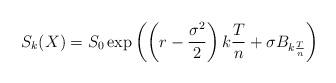
LaTeX: \begin{align*}S_k(X)=S_0\exp\left(\left(r-\frac{\sigma^2}{2}\right)k\frac{T}{n}+\sigma B_{k\frac{T}{n}}\right)\end{align*}